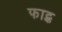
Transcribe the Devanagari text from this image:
फाट्क